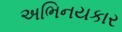
અભિનયકાર